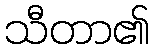
သီတာ၏